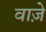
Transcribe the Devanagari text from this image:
वाज़े